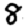
Digit: 8